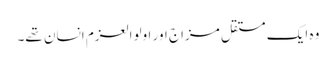
وہ ایک مستقل مزاج اور اولوالعزم انسان تھے۔